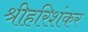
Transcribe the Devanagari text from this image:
श्रीहरिशंकर